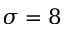
\sigma = 8